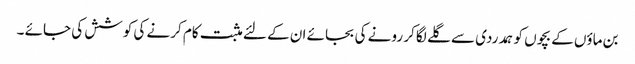
بن ماؤں کے بچوں کو ہمدردی سے گلے لگا کر رونے کی بجائے ان کے لئے مثبت کام کرنے کی کوشش کی جائے ۔